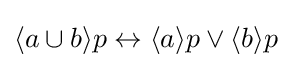
\langle a\cup b\rangle p\leftrightarrow \langle a\rangle p\lor \langle b\rangle p\,\!